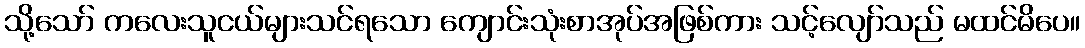
သို့သော် ကလေးသူငယ်များသင်ရသော ကျောင်းသုံးစာအုပ်အဖြစ်ကား သင့်လျော်သည် မထင်မိပေ။